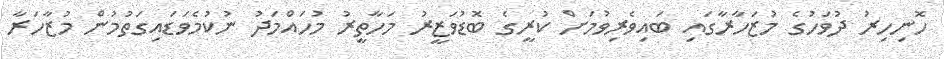
ހޮނިހިރު ދުވަހުގެ މުޒަހާރާގައި ބައިވެރިވުމަށް ކުރީގެ ބޮޑުވަޒީރު މަހާތީރު މުހައްމަދު ނުކުމެވަޑައިގަތުމުން މުޒާހަރާ